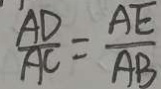
\frac { A D } { A C } = \frac { A E } { A B }